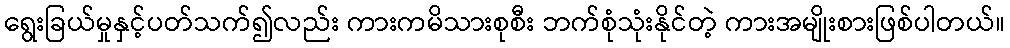
ရွေးခြယ်မှုနှင့်ပတ်သက်၍လည်း ကားကမိသားစုစီး ဘက်စုံသုံးနိုင်တဲ့ ကားအမျိုးစားဖြစ်ပါတယ်။